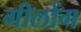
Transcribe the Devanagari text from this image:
गीलोंग